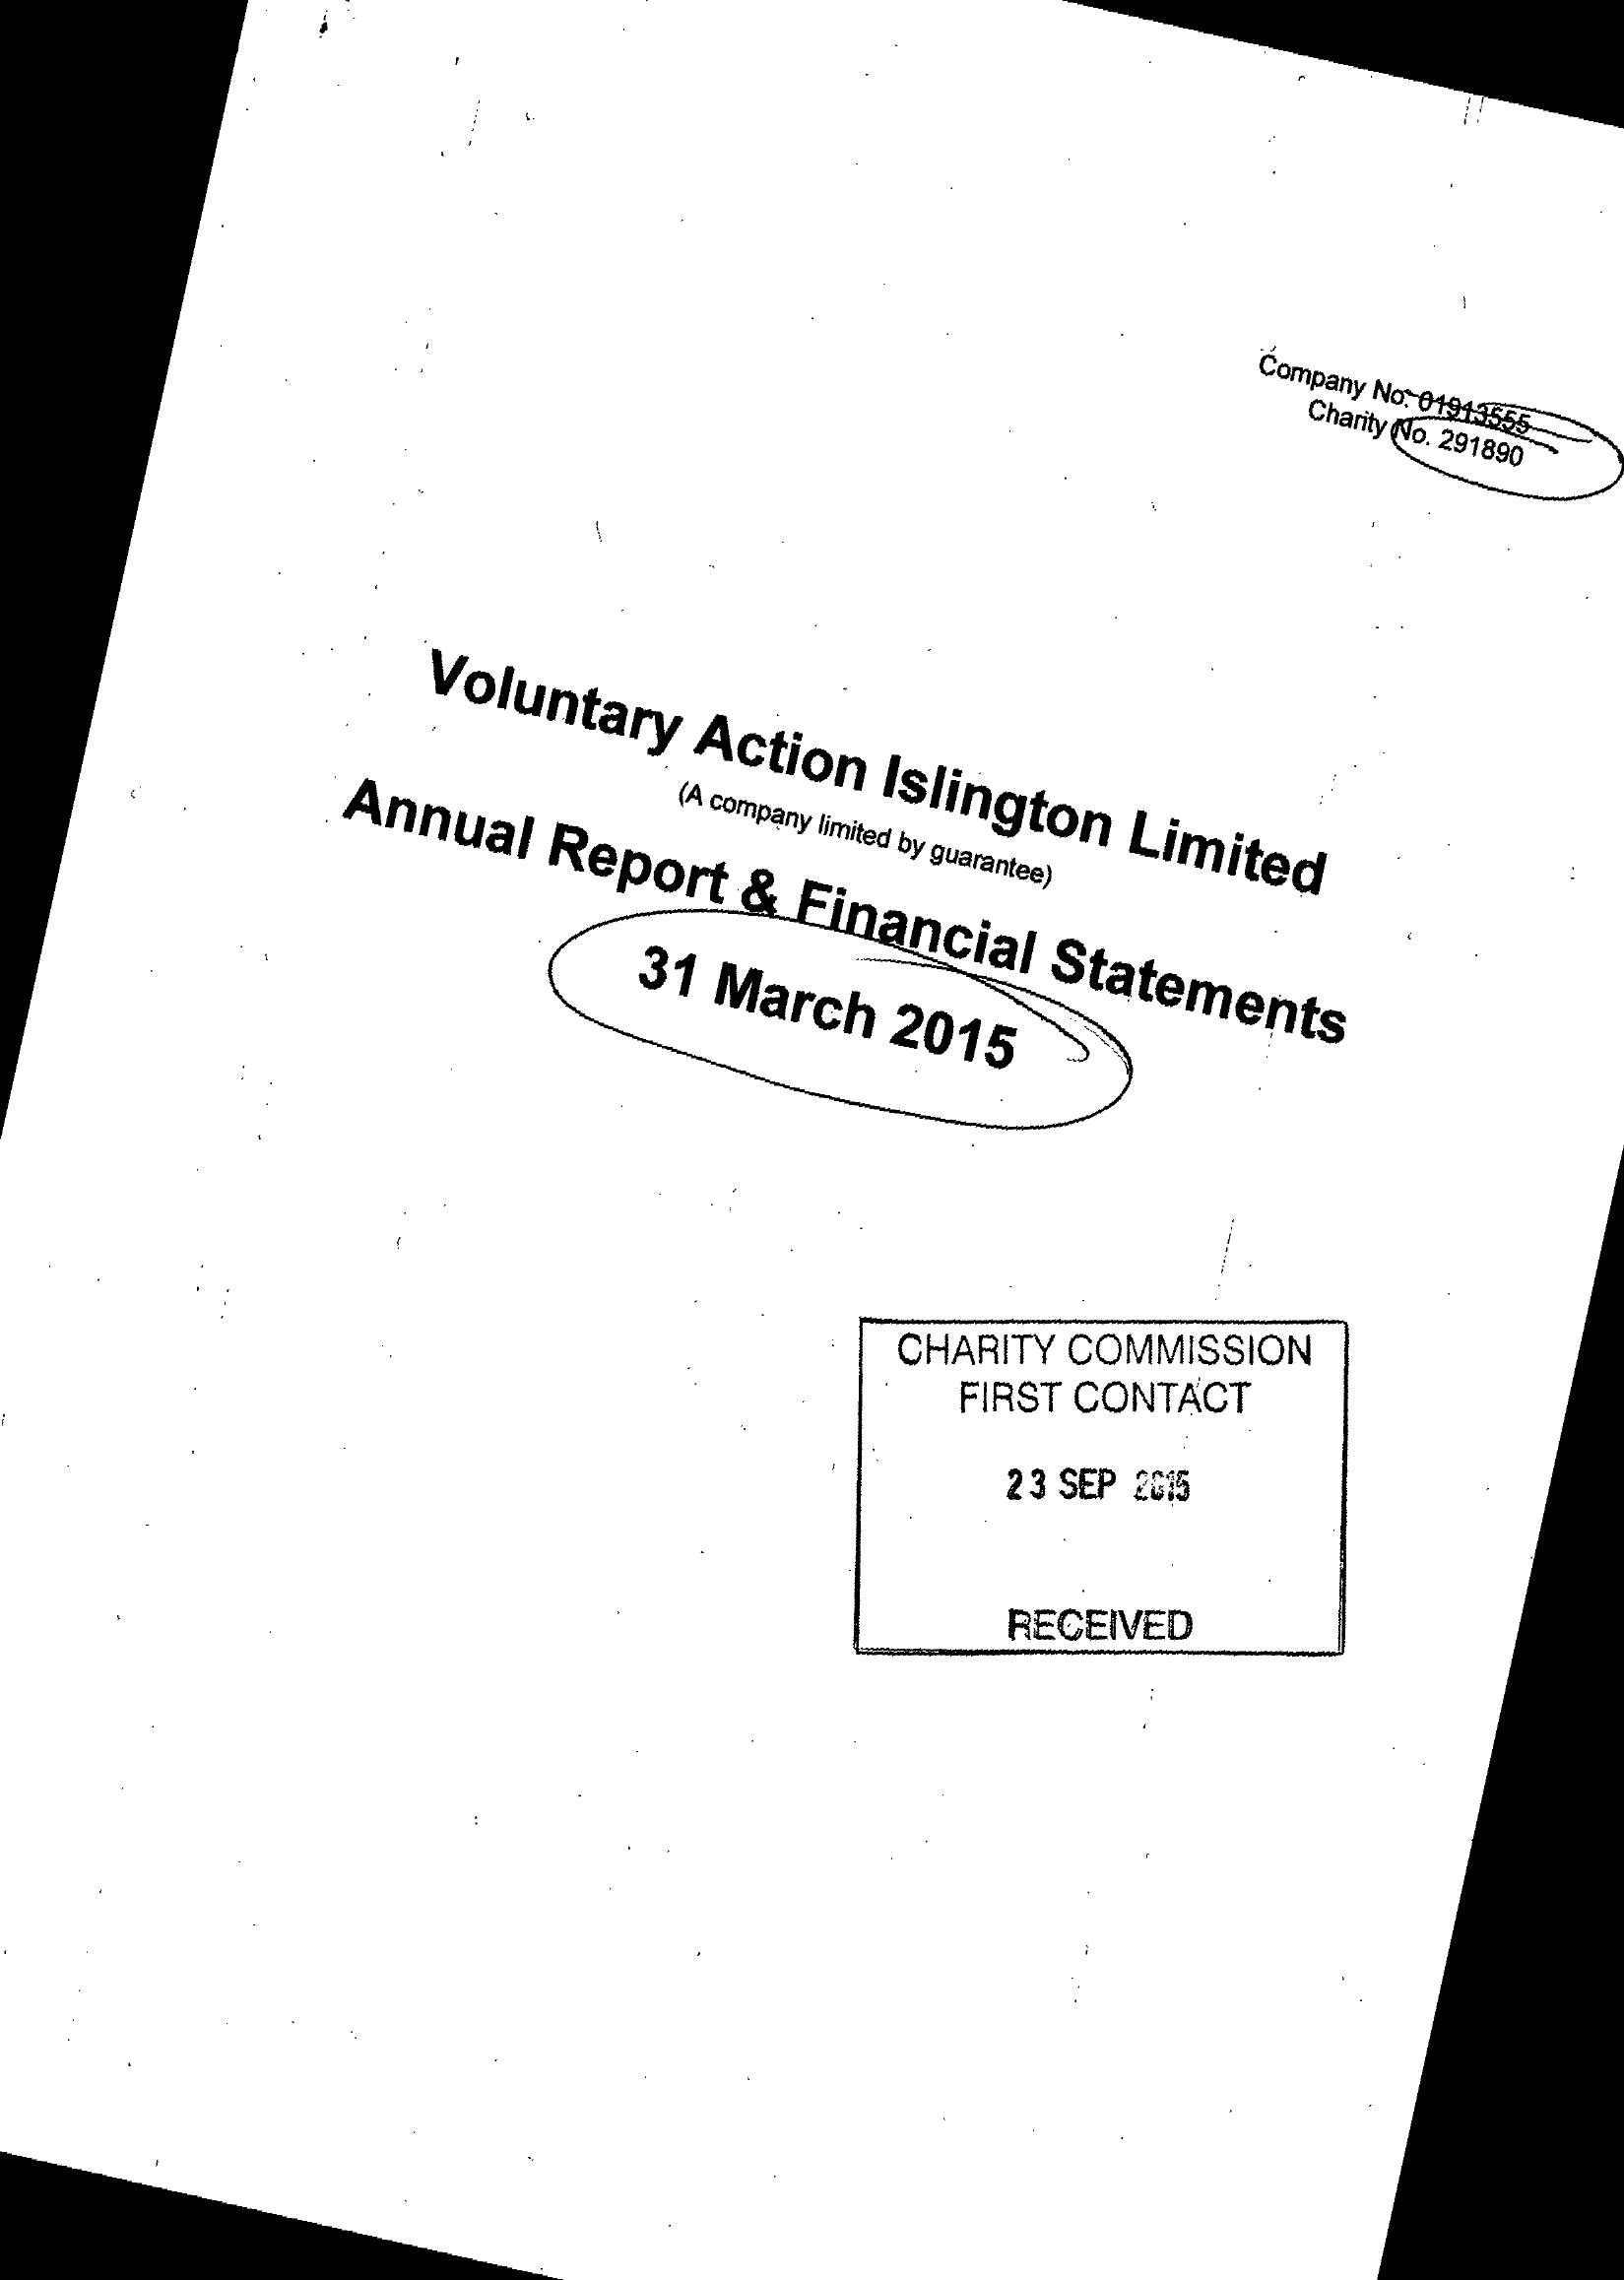
_.Volunta
     (A
     mpany lim ited
     In
     Y gu Ianteeon L'm,t
     d

     A0cig) g tat
     |
     CHARITY COMMISSION
     FIRST CONTACT

     23 SEP 535
     RECEIVED